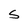
Character: S